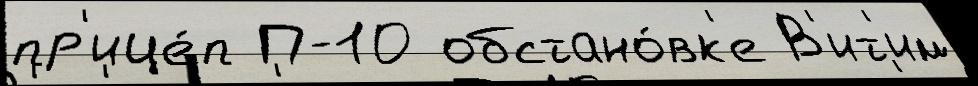
пр'ице́п П-10 обстано́вк'е В'ит'им